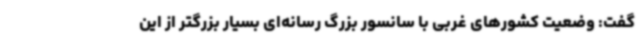
گفت: وضعیت کشورهای غربی با سانسور بزرگ رسانه‌ای بسیار بزرگتر از این